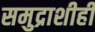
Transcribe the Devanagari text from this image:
समुद्राशीही